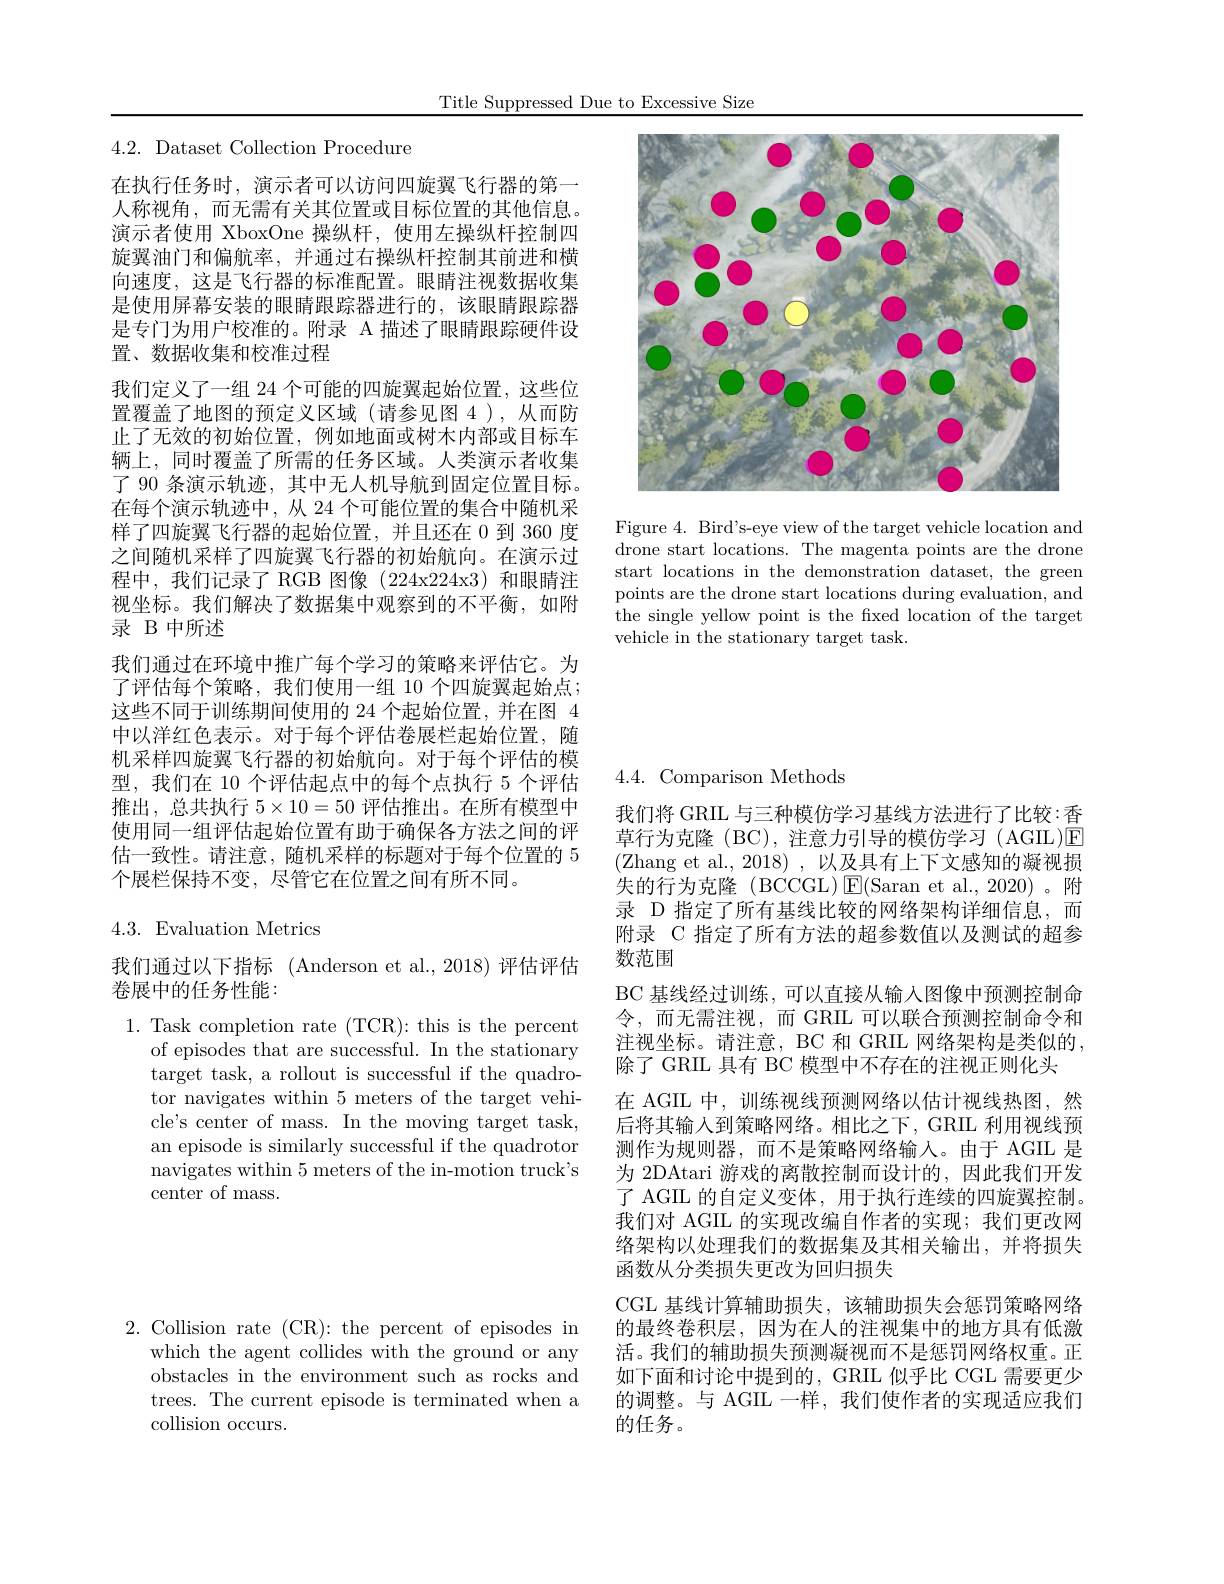
Title Suppressed Due to Excessive Size

<FigureHere>

Figure 4. Bird's-eye view of the target vehicle location and drone start locations. The magenta points are the drone start locations in the demonstration dataset, the green points are the drone start locations during evaluation, and the single yellow point is the fxed location of the target vehicle in the stationary target task.

4.2. Dataset Collection Procedure

在执行任务时，演示者可以访问四旋翼飞行器的第一人称视角，而无需有关其位置或目标位置的其他信息。演示者使用 XboxOne 操纵杆，使用左操纵杆控制四旋翼油门和偏航率，并通过右操纵杆控制其前进和横向速度，这是飞行器的标准配置。眼睛注视数据收集是使用屏幕安装的眼睛跟踪器进行的，该眼睛跟踪器是专门为用户校准的。附录 A 描述了眼睛跟踪硬件设置、数据收集和校准过程
我们定义了一组 24 个可能的四旋翼起始位置，这些位置覆盖了地图的预定义区域(请参见图 4),从而防止了无效的初始位置，例如地面或树木内部或目标车辆上，同时覆盖了所需的任务区域。人类演示者收集了 90 条演示轨迹，其中无人机导航到固定位置目标。在每个演示轨迹中，从 24 个可能位置的集合中随机采样了四旋翼飞行器的起始位置，并且还在 0 到 360 度之间随机采样了四旋翼飞行器的初始航向。在演示过程中，我们记录了 RGB 图像 (224x224x3)和眼睛注视坐标。我们解决了数据集中观察到的不平衡，如附录 B 中所述
我们通过在环境中推广每个学习的策略来评估它。为了评估每个策略，我们使用一组 10 个四旋翼起始点； 这些不同于训练期间使用的 24 个起始位置，并在图 4中以洋红色表示。对于每个评估卷展栏起始位置，随机采样四旋翼飞行器的初始航向。对于每个评估的模型，我们在 10 个评估起点中的每个点执行 5 个评估推出，总共执行$5\times10=50$评估推出。在所有模型中使用同一组评估起始位置有助于确保各方法之间的评估一致性。请注意，随机采样的标题对于每个位置的 5个展栏保持不变，尽管它在位置之间有所不同。

4.3. Evaluation Metrics

我们通过以下指标 (Anderson et al.,2018)评估评估
卷展中的任务性能：

1. Task completion rate (TCR): this is the percent
of episodes that are successful. In the stationary target task, a rollout is successful if the quadrotor navigates within 5 meters of the target vehicle's center of mass. In the moving target task, an episode is similarly successful if the quadrotor navigates within 5 meters of the in-motion truck's center of mass.

2. Collision rate (CR$) \nobreak {: } $ the percent of episodes in
which the agent collides with the ground or any obstacles in the environment such as rocks and trees. The current episode is terminated when a collision occurs.

## 4.4.Comparison Methods

我们将 GRIL 与三种模仿学习基线方法进行了比较：香草行为克隆 (BC),注意力引导的模仿学习 (AGIL)E (Zhang et al., 2018), 以及具有上下文感知的凝视损失的行为克隆(BCCGL)$\operatorname{E}($Saran et al.,2020)。附录 D 指定了所有基线比较的网络架构详细信息，而附录 C 指定了所有方法的超参数值以及测试的超参数范围
BC 基线经过训练，可以直接从输入图像中预测控制命令，而无需注视，而 GRIL 可以联合预测控制命令和注视坐标。请注意，BC 和 GRIL 网络架构是类似的， 除了 GRIL 具有 BC 模型中不存在的注视正则化头
在 AGIL 中，训练视线预测网络以估计视线热图，然后将其输入到策略网络。相比之下，GRIL 利用视线预测作为规则器，而不是策略网络输入。由于 AGIL 是为 2DAtari 游戏的离散控制而设计的，因此我们开发了 AGIL 的自定义变体，用于执行连续的四旋翼控制。我们对 AGIL 的实现改编自作者的实现；我们更改网络架构以处理我们的数据集及其相关输出，并将损失函数从分类损失更改为回归损失
CGL 基线计算辅助损失，该辅助损失会惩罚策略网络的最终卷积层，因为在人的注视集中的地方具有低激活。我们的辅助损失预测凝视而不是惩罚网络权重。正如下面和讨论中提到的，GRIL 似乎比 CGL 需要更少的调整。与 AGIL 一样，我们使作者的实现适应我们的任务。